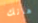
هانك